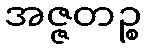
အဇ္ဇတဉ္စ